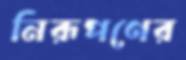
নিরূপণের